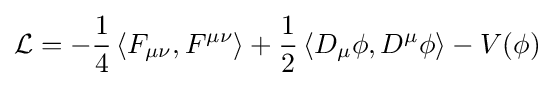
{\mathcal {L}}=-{\frac {1}{4}}\left\langle F_{\mu \nu },F^{\mu \nu }\right\rangle +{\frac {1}{2}}\left\langle D_{\mu }\phi ,D^{\mu }\phi \right\rangle -V(\phi )